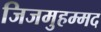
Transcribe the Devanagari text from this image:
जिजमुहम्मद